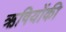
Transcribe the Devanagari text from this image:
ऋषियोंकी